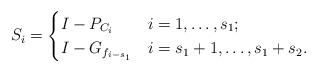
LaTeX: \begin{align*} S_i = \begin{cases}I - P_{C_i} & i = 1, \ldots, s_1; \\I - G_{f_{i-s_1}} & i = s_1+1, \ldots, s_1 + s_2. \end{cases}\end{align*}